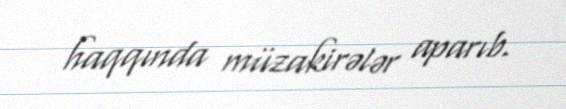
haqqında müzakirələr aparıb.